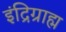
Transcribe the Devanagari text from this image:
इंद्रिग्राह्म